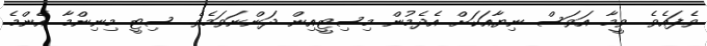
ވެފައެވެ. ވީމާ އަވަސް ނިޔާއަކަށް އެދެމުން މިސިޓީއިން ދަންނަވަމެވެ. ސިޓީ މިނިންމާ އެންމެ